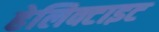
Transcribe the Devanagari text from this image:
हेलिक्टाइट